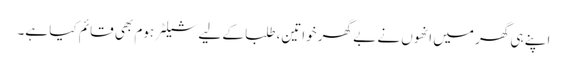
اپنے ہی گھر میں انھوں نے بے گھر خواتین، طلبا کے لیے شیلٹر ہوم بھی قائم کیا ہے۔